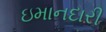
ઇમાનદારી